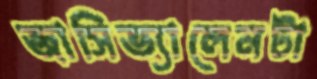
জাসিভ্যালেনটা